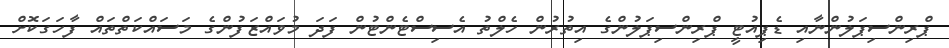
ޕްރިންސިޕަލުންނާއި ޑެޕިއުޓީ ޕްރިންސިޕަލުންގެ އިތުރުން ހެލްތު އެސިސްޓެންޓުން ފަދަ މުވައްޒަފުންގެ މަސައްކަތްތައް ފާހަގަކޮށް